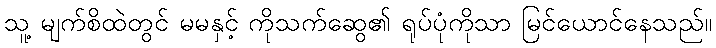
သူ့ မျက်စိထဲတွင် မမနှင့် ကိုသက်ဆွေ၏ ရုပ်ပုံကိုသာ မြင်ယောင်နေသည်။